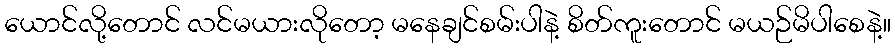
ယောင်လို့တောင် လင်မယားလိုတော့ မနေချင်စမ်းပါနဲ့ စိတ်ကူးတောင် မယဉ်မိပါစေနဲ့။